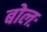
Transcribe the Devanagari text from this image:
बोलः